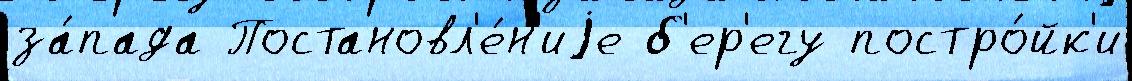
за́пада Постановл'е́н'иjе б'ер'егу постро́йк'и